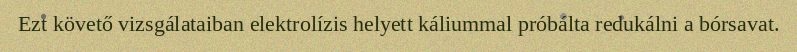
Ezt követő vizsgálataiban elektrolízis helyett káliummal próbálta redukálni a bórsavat.